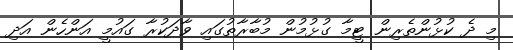
މި ދެ ކުޅުންތެރިން ޓީމާ ގުޅުމުން މުބާރާތުގައި ވާދަކުރާ ގައުމީ އަންހެން އަދި